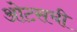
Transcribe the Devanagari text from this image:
ओटसची